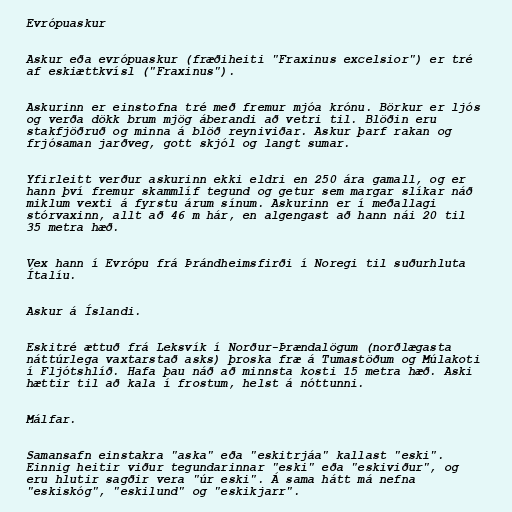
Evrópuaskur

Askur eða evrópuaskur (fræðiheiti "Fraxinus excelsior") er tré
af eskiættkvísl ("Fraxinus").

Askurinn er einstofna tré með fremur mjóa krónu. Börkur er ljós
og verða dökk brum mjög áberandi að vetri til. Blöðin eru
stakfjöðruð og minna á blöð reyniviðar. Askur þarf rakan og
frjósaman jarðveg, gott skjól og langt sumar.

Yfirleitt verður askurinn ekki eldri en 250 ára gamall, og er
hann því fremur skammlíf tegund og getur sem margar slíkar náð
miklum vexti á fyrstu árum sínum. Askurinn er í meðallagi
stórvaxinn, allt að 46 m hár, en algengast að hann nái 20 til
35 metra hæð.

Vex hann í Evrópu frá Þrándheimsfirði í Noregi til suðurhluta
Ítalíu.

Askur á Íslandi.

Eskitré ættuð frá Leksvík í Norður-Þrændalögum (norðlægasta
náttúrlega vaxtarstað asks) þroska fræ á Tumastöðum og Múlakoti
í Fljótshlíð. Hafa þau náð að minnsta kosti 15 metra hæð. Aski
hættir til að kala í frostum, helst á nóttunni.

Málfar.

Samansafn einstakra "aska" eða "eskitrjáa" kallast "eski".
Einnig heitir viður tegundarinnar "eski" eða "eskiviður", og
eru hlutir sagðir vera "úr eski". Á sama hátt má nefna
"eskiskóg", "eskilund" og "eskikjarr".